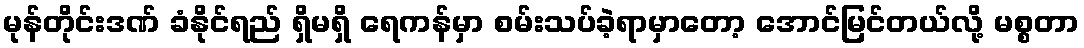
မုန်တိုင်းဒဏ် ခံနိုင်ရည် ရှိမရှိ ရေကန်မှာ စမ်းသပ်ခဲ့ရာမှာတော့ အောင်မြင်တယ်လို့ မစ္စတာ